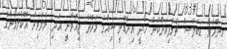
އަންހެން ޑަބަލްސް ޗެމްޕިއަންކަން ހޯދީ އިންޑޮނީޝިއާގެ މަރޭތާ ޖިއޮވާނީ އަދި މެލްވިރާ އޮކްލަމޯނާގެ